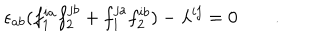
LaTeX: \epsilon _ { a b } ( f _ { 1 } ^ { i a } f _ { 2 } ^ { j b } + f _ { 1 } ^ { j a } f _ { 2 } ^ { i b } ) - \lambda ^ { i j } = 0 \qquad .